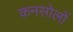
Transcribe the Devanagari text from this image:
कनसोलों